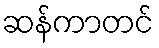
ဆန်ကာတင်